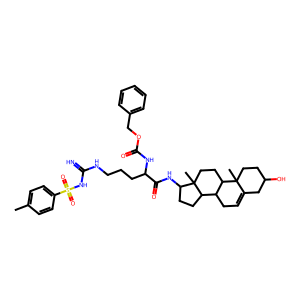
SMILES: Cc1ccc(S(=O)(=O)NC(=N)NCCCC(NC(=O)OCc2ccccc2)C(=O)NC2CCC3C4CC=C5CC(O)CCC5(C)C4CCC23C)cc1
Inhibits HIV replication: No